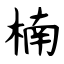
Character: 楠